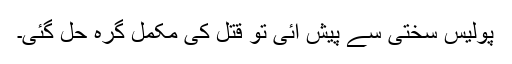
پولیس سختی سے پیش آئی تو قتل کی مکمل گرہ حل گئی۔